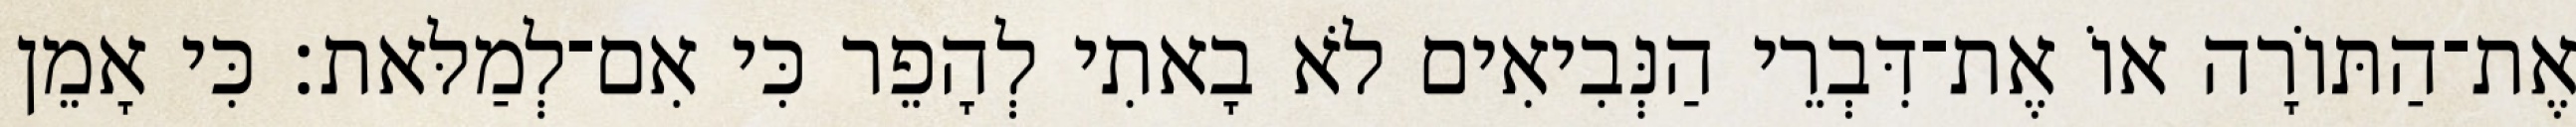
אֶת־הַתּוֹרָה אוֹ אֶת־דִּבְרֵי הַנְּבִיאִים לֹא בָאתִי לְהָפֵר כִּי אִם־לְמַלּאת׃ כִּי אָמֵן